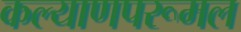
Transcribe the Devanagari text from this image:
कल्याणपरूमल